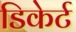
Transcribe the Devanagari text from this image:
डिकेर्ट